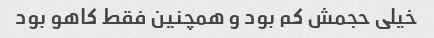
خیلی حجمش کم بود و همچنین فقط کاهو بود